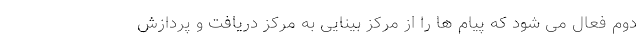
دوم فعال می شود که پیام ها را از مرکز بینایی به مرکز دریافت و پردازش